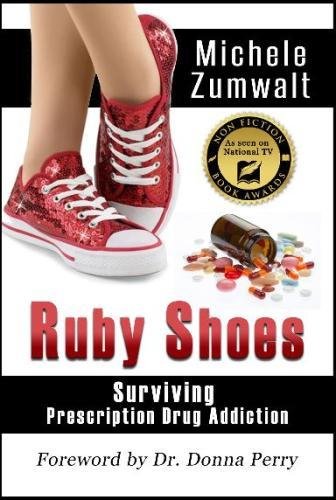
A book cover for Ruby Shoes: Surviving Prescription Drug Addiction; Michele Zumwalt; Health, Fitness & Dieting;